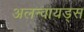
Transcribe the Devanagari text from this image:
अलन्वायड्स